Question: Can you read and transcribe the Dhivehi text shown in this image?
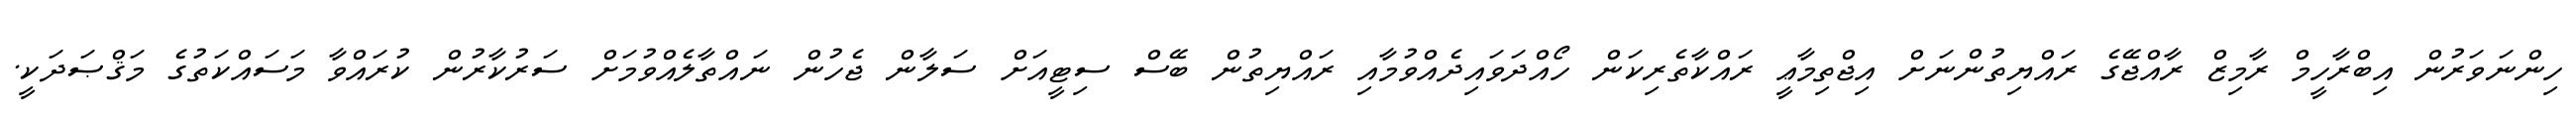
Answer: ހިންނަވަރުން އިބްރާހީމް ރާމިޒް ރާއްޖޭގެ ރައްޔިތުންނަށް އިޖްތިމާޢީ ރައްކާތެރިކަން ހޯއްދަވައިދެއްވުމާއި ރައްޔިތުން ބޭސް ސިޓީއަށް ސަލާން ޖެހުން ނައްތާލެއްވުމަށް ސަރުކާރުން ކުރައްވާ މަސައްކަތުގެ މަޤްޞަދަކީ.